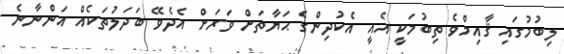
ލިބުމުގައި ޤާއިމްވެ ތިބުމަކީ އެއީ އެކުދިންގެ ޙަޔާތަށް ވަރަށް އެދެވޭ ބަދަލުތަކެއް އަންނާނެ